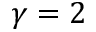
\gamma = 2